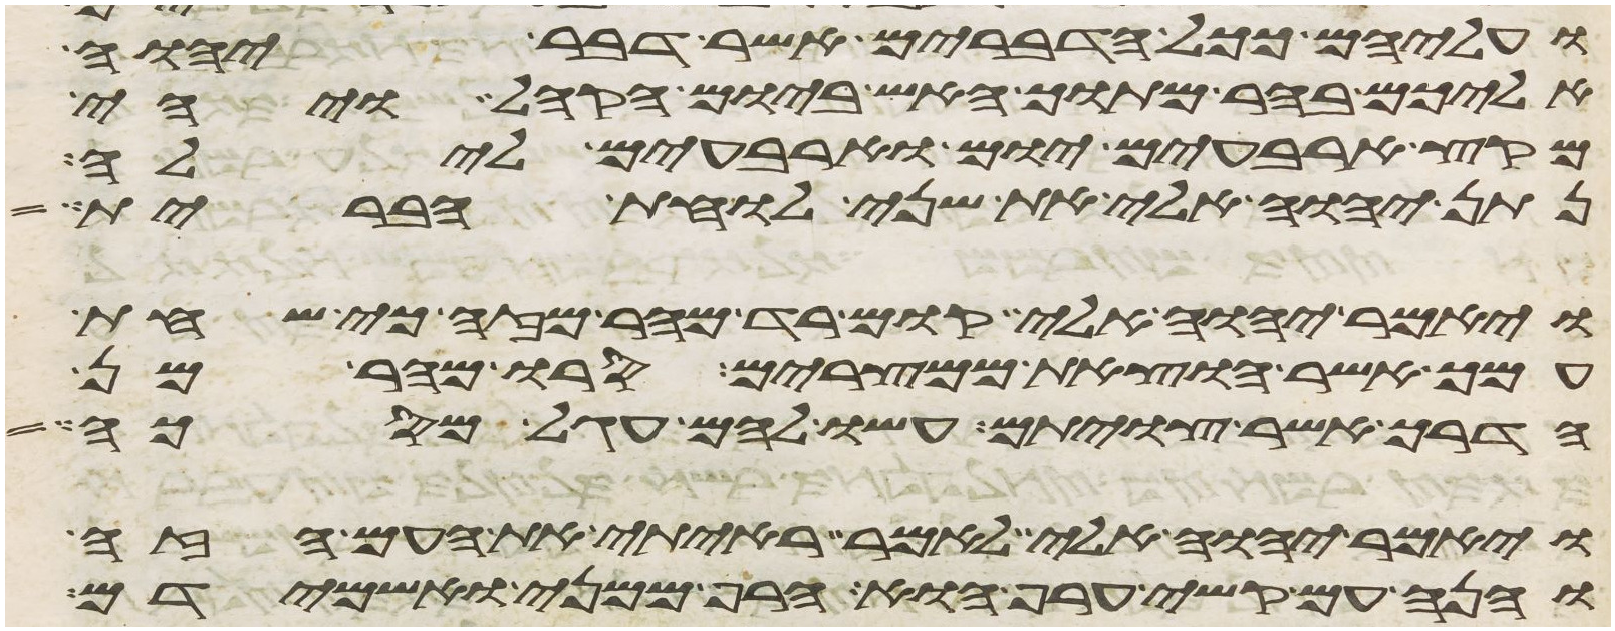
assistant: ועליהם ככל הדברים אשר דבר יהוה
אליכם בהר מתוך האש ביום הקהל ויהי
מקץ ארבעים יום וארבעים לילה
נתן יהוה אלי את שני לוחת הברית
ויאמר יהוה אלי קום רד מהר מזה כי שחת
עמך אשר הוצאת ממצרים סרו מהר מן
הדרך אשר צויתם עשו להם עגל מסכה
ויאמר יהוה אלי לאמר ראיתי את העם הזה
והנה עם קשה ערף הוא הרף ממני ואשמידם